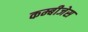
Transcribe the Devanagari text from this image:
कम्बीजेस